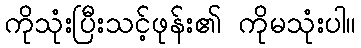
ကိုသုံးပြီးသင့်ဖုန်း၏ ကိုမသုံးပါ။